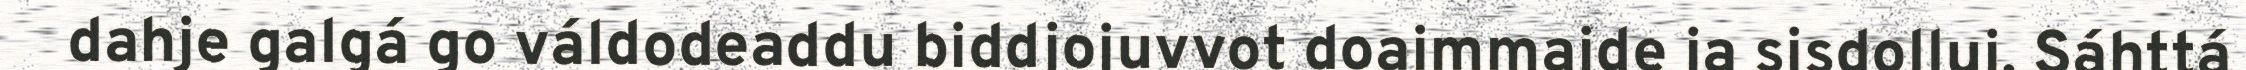
dahje galgá go váldodeaddu biddjojuvvot doaimmaide ja sisdollui. Sáhttá